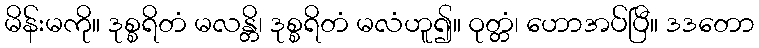
မိန်းမကို။ ဒုစ္စရိတံ မလန္တိ၊ ဒုစ္စရိတံ မလံဟူ၍။ ဝုတ္တံ၊ ဟောအပ်ပြီ။ ဒဒတော